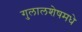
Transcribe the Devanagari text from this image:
गुलालशेषमधे